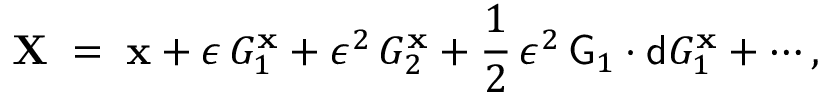
{ \bf X } \; = \; { \bf x } + \epsilon \, G _ { 1 } ^ { { \bf x } } + \epsilon ^ { 2 } \, G _ { 2 } ^ { { \bf x } } + \frac { 1 } { 2 } \, \epsilon ^ { 2 } \, { \sf G } _ { 1 } \cdot { \sf d } G _ { 1 } ^ { { \bf x } } + \cdots ,